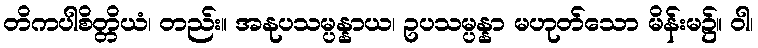
တိကပါစိတ္တိယံ၊ တည်း။ အနုပသမ္ပန္နာယ၊ ဥပသမ္ပန္နာ မဟုတ်သော မိန်းမ၌။ ဝါ၊